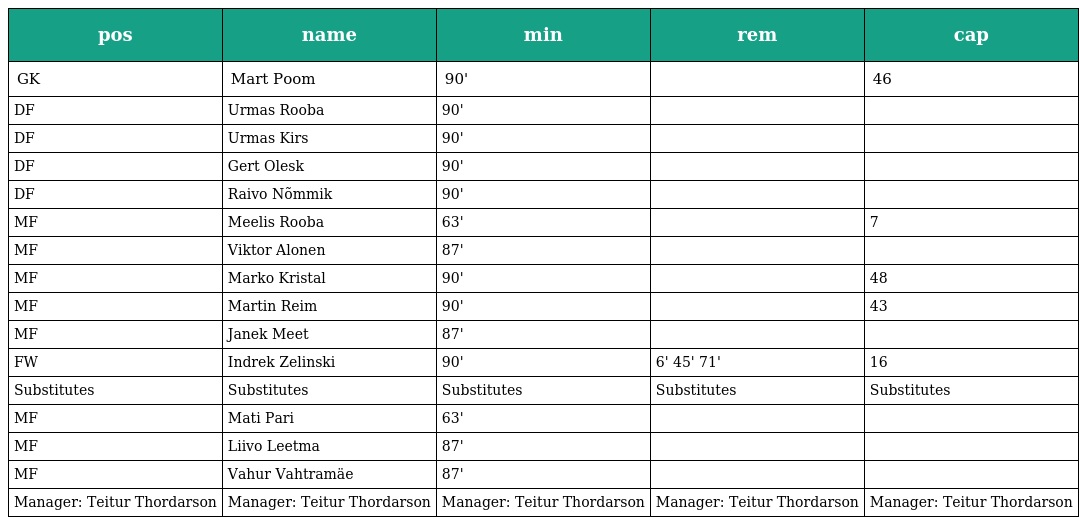
| pos | name | min | rem | cap |
 | --- | --- | --- | --- | --- |
 | GK | Mart Poom | 90' |  | 46 |
 | DF | Urmas Rooba | 90' |  |  |
 | DF | Urmas Kirs | 90' |  |  |
 | DF | Gert Olesk | 90' |  |  |
 | DF | Raivo Nõmmik | 90' |  |  |
 | MF | Meelis Rooba | 63' |  | 7 |
 | MF | Viktor Alonen | 87' |  |  |
 | MF | Marko Kristal | 90' |  | 48 |
 | MF | Martin Reim | 90' |  | 43 |
 | MF | Janek Meet | 87' |  |  |
 | FW | Indrek Zelinski | 90' | 6' 45' 71' | 16 |
 | Substitutes | Substitutes | Substitutes | Substitutes | Substitutes |
 | MF | Mati Pari | 63' |  |  |
 | MF | Liivo Leetma | 87' |  |  |
 | MF | Vahur Vahtramäe | 87' |  |  |
 | Manager: Teitur Thordarson | Manager: Teitur Thordarson | Manager: Teitur Thordarson | Manager: Teitur Thordarson | Manager: Teitur Thordarson |